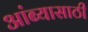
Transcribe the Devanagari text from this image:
आंब्यासाठी